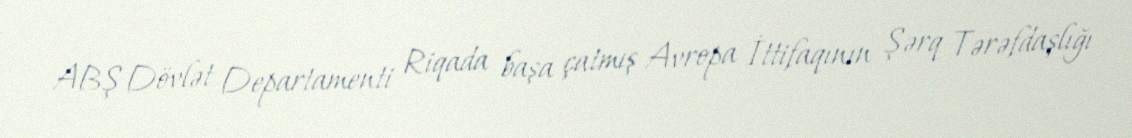
ABŞ Dövlət Departamenti Riqada başa çatmış Avropa İttifaqının Şərq Tərəfdaşlığı